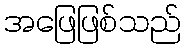
အဖြေဖြစ်သည်